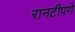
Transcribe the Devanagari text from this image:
रानटीपणे